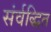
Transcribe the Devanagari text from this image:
संर्वद्धित